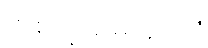
တစ်မျိုးမှာမတူချေ။